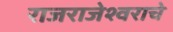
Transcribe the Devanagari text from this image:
राजराजेश्वराचे